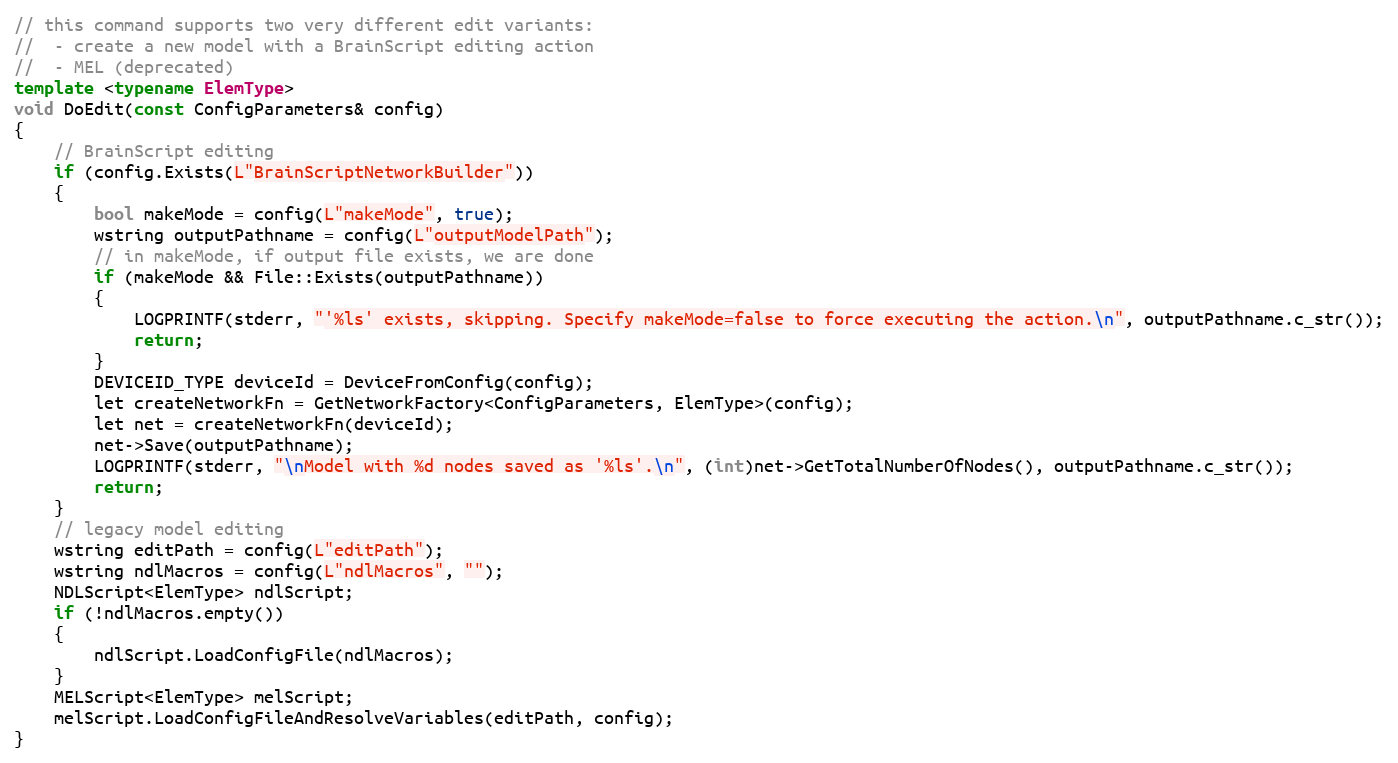
Language: C++
// this command supports two very different edit variants:
//  - create a new model with a BrainScript editing action
//  - MEL (deprecated)
template <typename ElemType>
void DoEdit(const ConfigParameters& config)
{
    // BrainScript editing
    if (config.Exists(L"BrainScriptNetworkBuilder"))
    {
        bool makeMode = config(L"makeMode", true);
        wstring outputPathname = config(L"outputModelPath");
        // in makeMode, if output file exists, we are done
        if (makeMode && File::Exists(outputPathname))
        {
            LOGPRINTF(stderr, "'%ls' exists, skipping. Specify makeMode=false to force executing the action.\n", outputPathname.c_str());
            return;
        }
        DEVICEID_TYPE deviceId = DeviceFromConfig(config);
        let createNetworkFn = GetNetworkFactory<ConfigParameters, ElemType>(config);
        let net = createNetworkFn(deviceId);
        net->Save(outputPathname);
        LOGPRINTF(stderr, "\nModel with %d nodes saved as '%ls'.\n", (int)net->GetTotalNumberOfNodes(), outputPathname.c_str());
        return;
    }
    // legacy model editing
    wstring editPath = config(L"editPath");
    wstring ndlMacros = config(L"ndlMacros", "");
    NDLScript<ElemType> ndlScript;
    if (!ndlMacros.empty())
    {
        ndlScript.LoadConfigFile(ndlMacros);
    }
    MELScript<ElemType> melScript;
    melScript.LoadConfigFileAndResolveVariables(editPath, config);
}